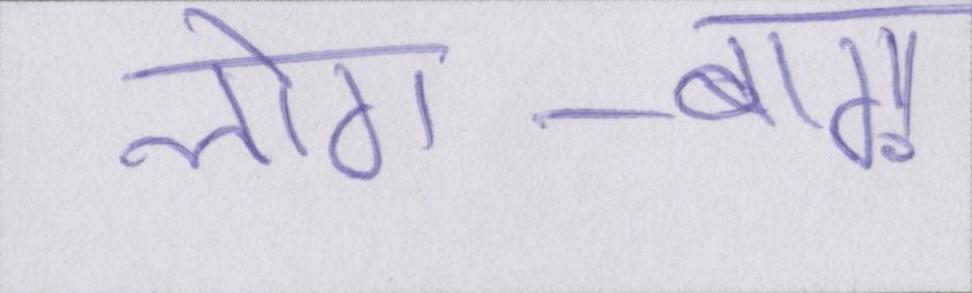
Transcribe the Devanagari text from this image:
लोग-बाग़